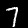
Label: 7